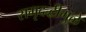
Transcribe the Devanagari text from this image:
समृदद्धीमुळे